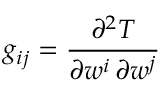
g _ { i j } = { \frac { \partial ^ { 2 } T } { \partial w ^ { i } \, \partial w ^ { j } } }